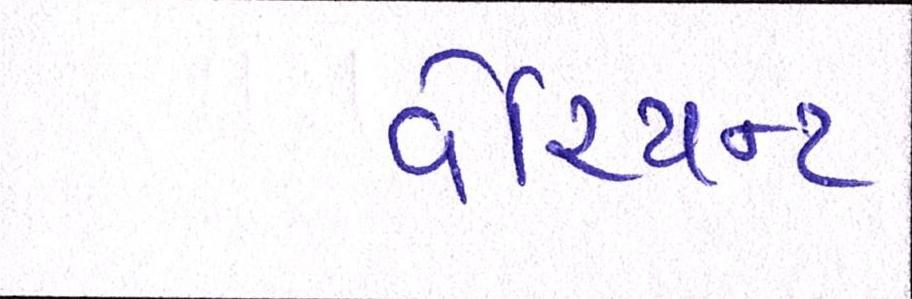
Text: વેરિયન્ટ